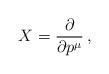
LaTeX: \begin{align*} X = \frac{\partial}{\partial p^\mu} \, ,\end{align*}